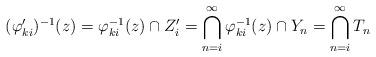
LaTeX: \begin{align*} (\varphi_{k i}')^{-1} (z) & = \varphi_{k i}^{-1} (z) \cap Z'_i = \bigcap_{n=i}^\infty \varphi_{k i}^{-1} (z) \cap Y_n = \bigcap_{n=i}^\infty T_n \end{align*}